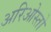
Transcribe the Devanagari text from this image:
अरिओस्तो